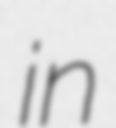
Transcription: in